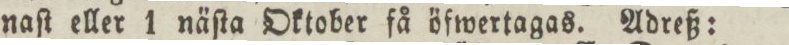
naſt eller 1 näſta Oktober få öfwertagas. Adreß: